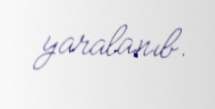
yaralanıb.